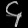
Digit: ၄